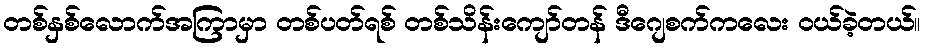
တစ်နှစ်လောက်အကြာမှာ တစ်ပတ်ရစ် တစ်သိန်းကျော်တန် ဒီဂျေစက်ကလေး ဝယ်ခဲ့တယ်။